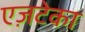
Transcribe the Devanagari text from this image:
एज़टेका